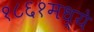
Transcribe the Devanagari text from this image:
१८६१मध्ये